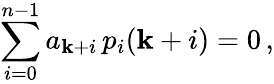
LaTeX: \sum_{i=0}^{n-1}a_{\mathbf{k}+i}\, p_{i}(\mathbf{k}+i)=0\, ,